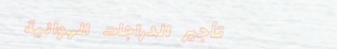
تأجير الدراجات الهوائية